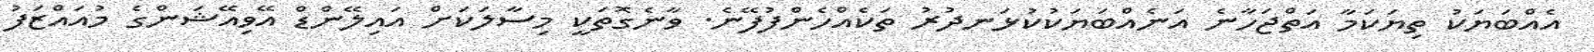
އެއްބަޔަކު ތިޔަކަމާ އަތްޖަހާނެ އަނެއްބަޔަކުކުޅަނދުރު ތަކެއްހެންފުފޭނެ. ވާނެގޮތަކީ މިސާލަކަށް އައިލޭންޑް އޭވިއޭޝަންގެ މުއައްޒަފު